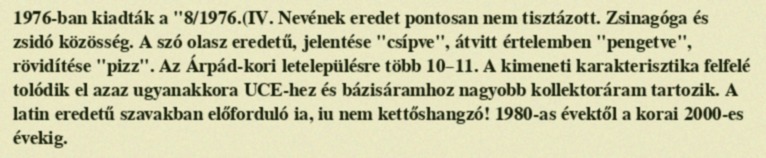
1976-ban kiadták a "8/1976.(IV. Nevének eredet pontosan nem tisztázott. Zsinagóga és zsidó közösség. A szó olasz eredetű, jelentése "csípve", átvitt értelemben "pengetve", rövidítése "pizz". Az Árpád-kori letelepülésre több 10–11. A kimeneti karakterisztika felfelé tolódik el azaz ugyanakkora UCE-hez és bázisáramhoz nagyobb kollektoráram tartozik. A latin eredetű szavakban előforduló ia, iu nem kettőshangzó! 1980-as évektől a korai 2000-es évekig.